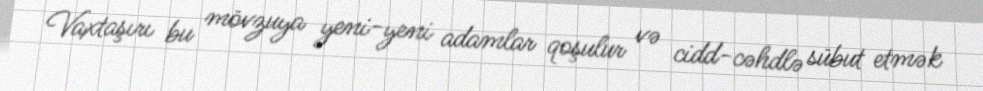
Vaxtaşırı bu mövzuya yeni-yeni adamlar qoşulur və cidd-cəhdlə sübut etmək